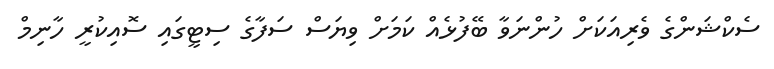
ސެކްޝަންގެ ވެރިއަކަށް ހުންނަވާ ބޭފުޅެއް ކަމަށް ވިޔަސް ސަފާގެ ސިޓީގައި ސޮއިކުރީ ހާނިމް